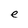
Character: e